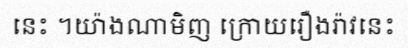
នេះ ។យ៉ាងណាមិញ ក្រោយរឿងរ៉ាវនេះ